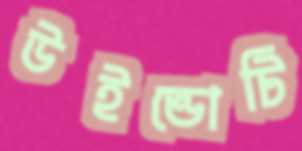
উইন্ডোটি